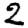
Digit: 2